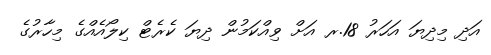
އަދި މިދިޔަ އަހަރު 18.ރ އަށް ވިއްކަމުން ދިޔަ ކެރެޓް ކިލޯއެއްގެ މިހާރުގެ